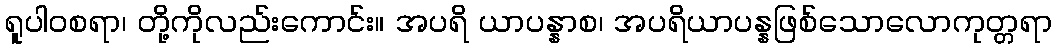
ရူပါဝစရာ၊ တို့ကိုလည်းကောင်း။ အပရိ ယာပန္နာစ၊ အပရိယာပန္နဖြစ်သောလောကုတ္တရာ